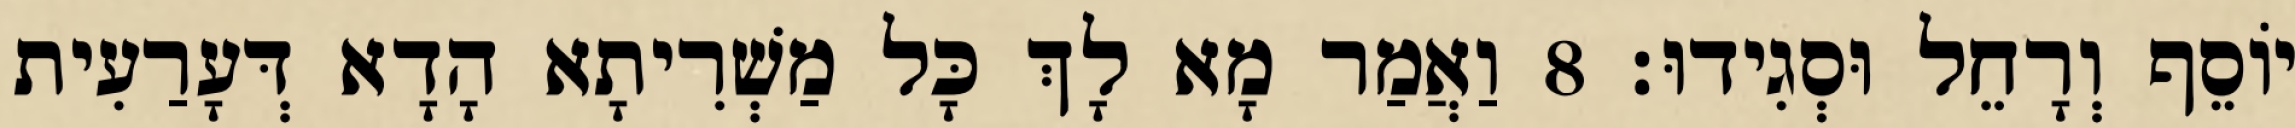
יוֹסֵף וְרָחֵל וּסְגִידוּ׃ 8 וַאֲמַר מָא לָךְ כָּל מַשְׁרִיתָא הָדָא דְּעָרַעִית